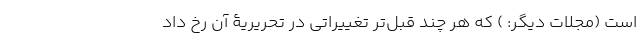
است (مجلات دیگر: ) که هر چند قبل‌تر تغییراتی در تحریریۀ آن رخ داد